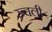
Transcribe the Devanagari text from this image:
रुचली